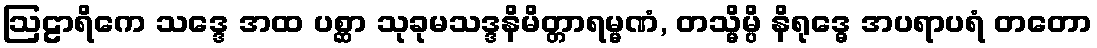
ဩဠာရိကေ သဒ္ဒေ အထ ပစ္ဆာ သုခုမသဒ္ဒနိမိတ္တာရမ္မဏံ, တသ္မိမ္ပိ နိရုဒ္ဓေ အပရာပရံ တတော